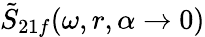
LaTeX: \tilde{S}_{21f}(\omega,r,\alpha\rightarrow 0)